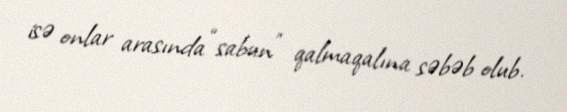
isə onlar arasında “sabun” qalmaqalına səbəb olub.